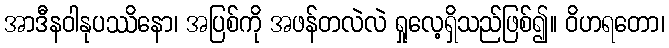
အာဒီနဝါနုပဿိနော၊ အပြစ်ကို အဖန်တလဲလဲ ရှုလေ့ရှိသည်ဖြစ်၍။ ဝိဟရတော၊